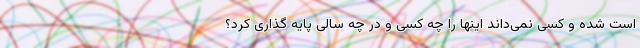
است شده و کسی نمی‌داند اینها را چه کسی و در چه سالی پایه گذاری کرد؟